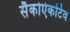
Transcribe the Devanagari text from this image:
सैकोऐकटिव